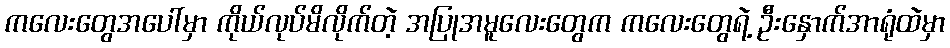
ကလေးတွေအပေါ်မှာ ကိုယ်လုပ်မိလိုက်တဲ့ အပြုအမူလေးတွေက ကလေးတွေရဲ့ ဦးနှောက်အာရုံထဲမှာ